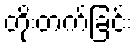
တိုးတက်ခြင်း